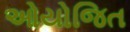
ઓયોજિત